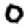
Digit: 0